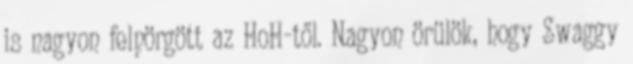
is nagyon felpörgött az HoH-től. Nagyon örülök, hogy Swaggy